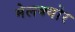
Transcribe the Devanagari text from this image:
मेलक्योर